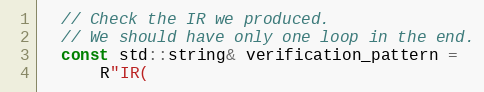
Language: C++
  // Check the IR we produced.
  // We should have only one loop in the end.
  const std::string& verification_pattern =
      R"IR(